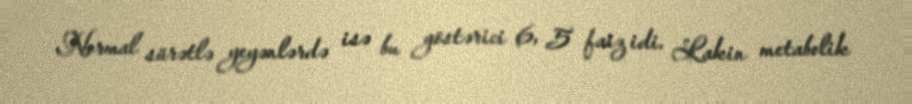
Normal sürətlə yeyənlərdə isə bu göstərici 6, 5 faiz idi. Lakin metabolik